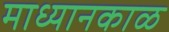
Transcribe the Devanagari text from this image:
माध्यानकाळ